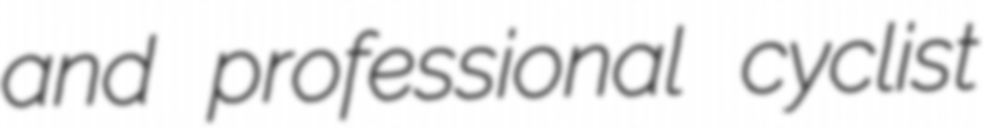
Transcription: and professional cyclist